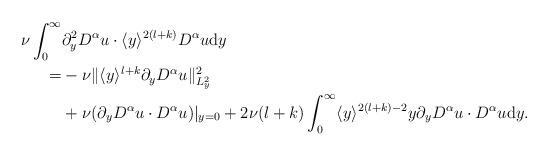
LaTeX: \begin{align*}\begin{aligned}\nu \int_0^\infty &\partial_y^2 D^\alpha u\cdot \langle y \rangle^{2(l+k)}D^\alpha u\mathrm{d}y\\=&-\nu \Vert \langle y\rangle^{l+k}\partial_y D^\alpha u\Vert_{L^2_y}^2\\&+\nu (\partial_y D^\alpha u\cdot D^\alpha u)|_{y=0}+2\nu (l+k)\int_0^\infty \langle y \rangle^{2(l+k)-2} y\partial_y D^\alpha u\cdot D^\alpha u\mathrm{d}y.\end{aligned}\end{align*}